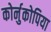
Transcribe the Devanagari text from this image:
कोर्नुकोपिया